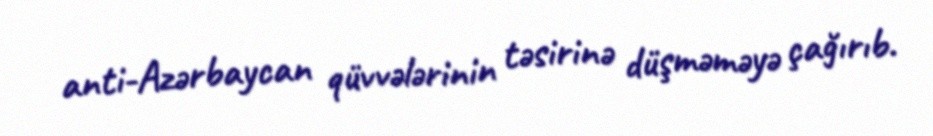
anti-Azərbaycan qüvvələrinin təsirinə düşməməyə çağırıb.